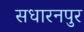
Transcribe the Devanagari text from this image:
सधारनपुर